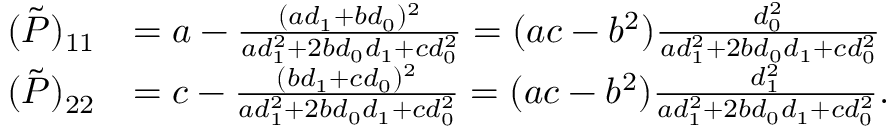
\begin{array} { r l } { ( \tilde { P } ) _ { 1 1 } } & { = a - \frac { ( a d _ { 1 } + b d _ { 0 } ) ^ { 2 } } { a d _ { 1 } ^ { 2 } + 2 b d _ { 0 } d _ { 1 } + c d _ { 0 } ^ { 2 } } = ( a c - b ^ { 2 } ) \frac { d _ { 0 } ^ { 2 } } { a d _ { 1 } ^ { 2 } + 2 b d _ { 0 } d _ { 1 } + c d _ { 0 } ^ { 2 } } } \\ { ( \tilde { P } ) _ { 2 2 } } & { = c - \frac { ( b d _ { 1 } + c d _ { 0 } ) ^ { 2 } } { a d _ { 1 } ^ { 2 } + 2 b d _ { 0 } d _ { 1 } + c d _ { 0 } ^ { 2 } } = ( a c - b ^ { 2 } ) \frac { d _ { 1 } ^ { 2 } } { a d _ { 1 } ^ { 2 } + 2 b d _ { 0 } d _ { 1 } + c d _ { 0 } ^ { 2 } } . } \end{array}